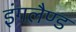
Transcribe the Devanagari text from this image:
इंगलैण्‍ड